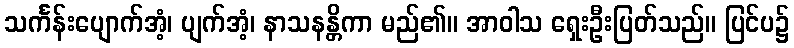
သင်္ကန်းပျောက်အံ့၊ ပျက်အံ့၊ နာသနန္တိကာ မည်၏။ အာဝါသ ရှေးဦးပြတ်သည်။ ပြင်ပ၌